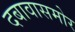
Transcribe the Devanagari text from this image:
दबावासमोर